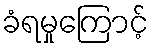
ခံရမှုကြောင့်